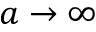
a \to \infty